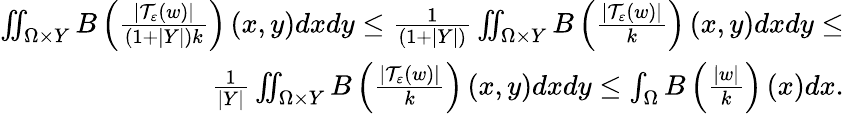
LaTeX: \begin{array}{r}{\iint_{\Omega\times Y}B\left(\frac{\left\vert\mathcal{T}_{\varepsilon}\left(w\right)\right\vert}{\left(1+\left\vert Y\right\vert\right)k}\right)\left(x,y\right)dxdy\leq\frac{1}{\left(1+\left\vert Y\right\vert\right)}\iint_{\Omega\times Y}B\left(\frac{\left\vert\mathcal{T}_{\varepsilon}\left(w\right)\right\vert}{k}\right)\left(x,y\right)dxdy\leq}\\ {\frac{1}{\left\vert Y\right\vert}\iint_{\Omega\times Y}B\left(\frac{\left\vert\mathcal{T}_{\varepsilon}\left(w\right)\right\vert}{k}\right)\left(x,y\right)dxdy\leq\int_{\Omega}B\left(\frac{\left\vert w\right\vert}{k}\right)\left(x\right)dx.}\end{array}